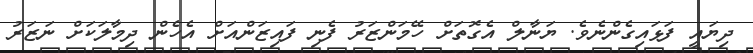
ދިޔައީ ފަޅައިގެންނެވެ. ޔަނާލް އެގޮތަށް ހޭމަންޒަރު ފެނި ފައިޒަންއަށް އެހެން ދިމާލަކަށް ނަޒަރު